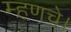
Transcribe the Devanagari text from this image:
म्हणचे।